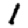
Digit: 1